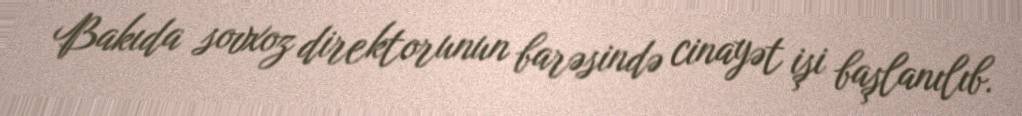
Bakıda sovxoz direktorunun barəsində cinayət işi başlanılıb.